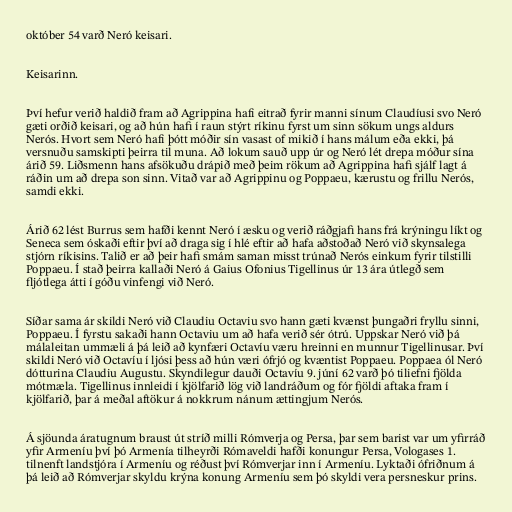
október 54 varð Neró keisari.

Keisarinn.

Því hefur verið haldið fram að Agrippina hafi eitrað fyrir manni sínum Claudíusi svo Neró
gæti orðið keisari, og að hún hafi í raun stýrt ríkinu fyrst um sinn sökum ungs aldurs
Nerós. Hvort sem Neró hafi þótt móðir sín vasast of mikið í hans málum eða ekki, þá
versnuðu samskipti þeirra til muna. Að lokum sauð upp úr og Neró lét drepa móður sína
árið 59. Liðsmenn hans afsökuðu drápið með þeim rökum að Agrippina hafi sjálf lagt á
ráðin um að drepa son sinn. Vitað var að Agrippinu og Poppaeu, kærustu og frillu Nerós,
samdi ekki.

Árið 62 lést Burrus sem hafði kennt Neró í æsku og verið ráðgjafi hans frá krýningu líkt og
Seneca sem óskaði eftir því að draga sig í hlé eftir að hafa aðstoðað Neró við skynsalega
stjórn ríkisins. Talið er að þeir hafi smám saman misst trúnað Nerós einkum fyrir tilstilli
Poppaeu. Í stað þeirra kallaði Neró á Gaius Ofonius Tigellinus úr 13 ára útlegð sem
fljótlega átti í góðu vinfengi við Neró.

Síðar sama ár skildi Neró við Claudiu Octaviu svo hann gæti kvænst þungaðri fryllu sinni,
Poppaeu. Í fyrstu sakaði hann Octaviu um að hafa verið sér ótrú. Uppskar Neró við þá
málaleitan ummæli á þá leið að kynfæri Octavíu væru hreinni en munnur Tigellinusar. Því
skildi Neró við Octavíu í ljósi þess að hún væri ófrjó og kvæntist Poppaeu. Poppaea ól Neró
dótturina Claudiu Augustu. Skyndilegur dauði Octavíu 9. júní 62 varð þó tiliefni fjölda
mótmæla. Tigellinus innleidi í kjölfarið lög við landráðum og fór fjöldi aftaka fram í
kjölfarið, þar á meðal aftökur á nokkrum nánum ættingjum Nerós.

Á sjöunda áratugnum braust út stríð milli Rómverja og Persa, þar sem barist var um yfirráð
yfir Armeníu því þó Armenía tilheyrði Rómaveldi hafði konungur Persa, Vologases 1.
tilnenft landstjóra í Armeníu og réðust því Rómverjar inn í Armeníu. Lyktaði ófriðnum á
þá leið að Rómverjar skyldu krýna konung Armeníu sem þó skyldi vera persneskur prins.